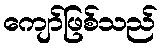
ကျော်ဖြစ်သည်